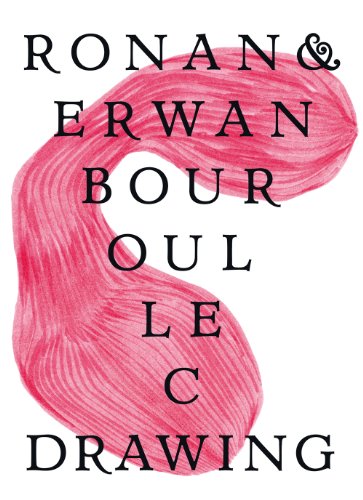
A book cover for Ronan & Erwan Bouroullec: Drawing; Arts & Photography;